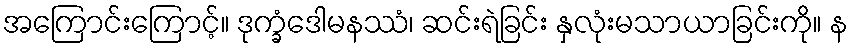
အကြောင်းကြောင့်။ ဒုက္ခံဒေါမနဿံ၊ ဆင်းရဲခြင်း နှလုံးမသာယာခြင်းကို။ န